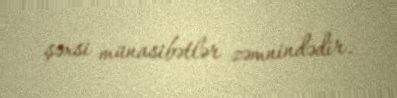
şəxsi münasibətlər zəmnindədir.